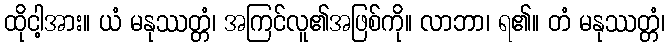
ထိုငါ့အား။ ယံ မနုဿတ္တံ၊ အကြင်လူ၏အဖြစ်ကို။ လာဘာ၊ ရ၏။ တံ မနုဿတ္တံ၊